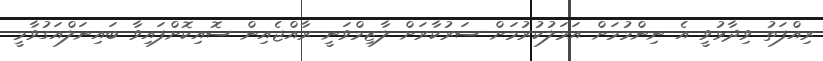
ރިއްފަތު ވިދާޅުވީ އެ ނިންމުމަށް އަމަލުކުރުމަށް ސަރުކާރަށް ލާޒިމްވަނީ ރާއްޖެއިން ސޮއިކޮށްފައިވާ ބައިނަލްއަގުވާމީ